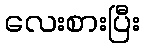
လေးစားပြီး